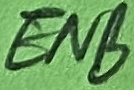
Text: ENB